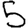
Digit: 5